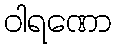
ဝါရဏော